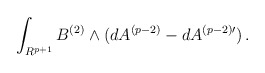
\begin{align*}\int_{R^{p+1}}B^{(2)}\wedge (dA^{(p-2)}-dA^{(p-2)\prime})\, .\end{align*}